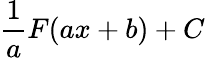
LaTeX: \frac{1}{a}F(ax+b)+C